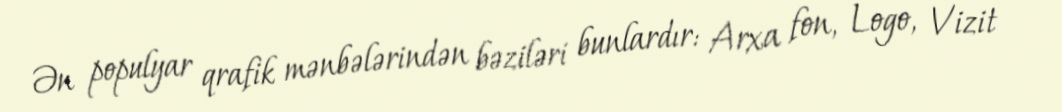
Ən populyar qrafik mənbələrindən bəziləri bunlardır: Arxa fon, Logo, Vizit